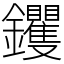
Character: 钁